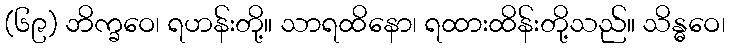
(၆၉) ဘိက္ခဝေ၊ ရဟန်းတို့။ သာရထိနော၊ ရထားထိန်းတို့သည်။ သိန္ဓဝေ၊